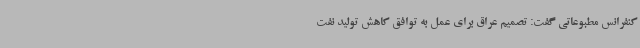
کنفرانس مطبوعاتی گفت: تصمیم عراق برای عمل به توافق کاهش تولید نفت